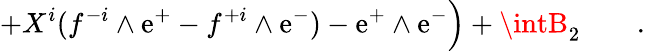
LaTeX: +X^{i}(f^{-i}\wedge\mathrm{e}^{+}-f^{+i}\wedge\mathrm{e}^{-})-\mathrm{e}^{+}\wedge\mathrm{e}^{-}\Big)+\intB_{2}\qquad.